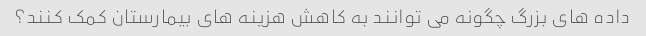
داده های بزرگ چگونه می توانند به کاهش هزینه های بیمارستان کمک کنند؟